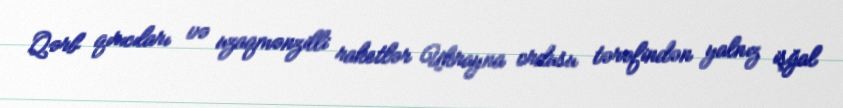
Qərb qırıcıları və uzaqmənzilli raketlər Ukrayna ordusu tərəfindən yalnız işğal